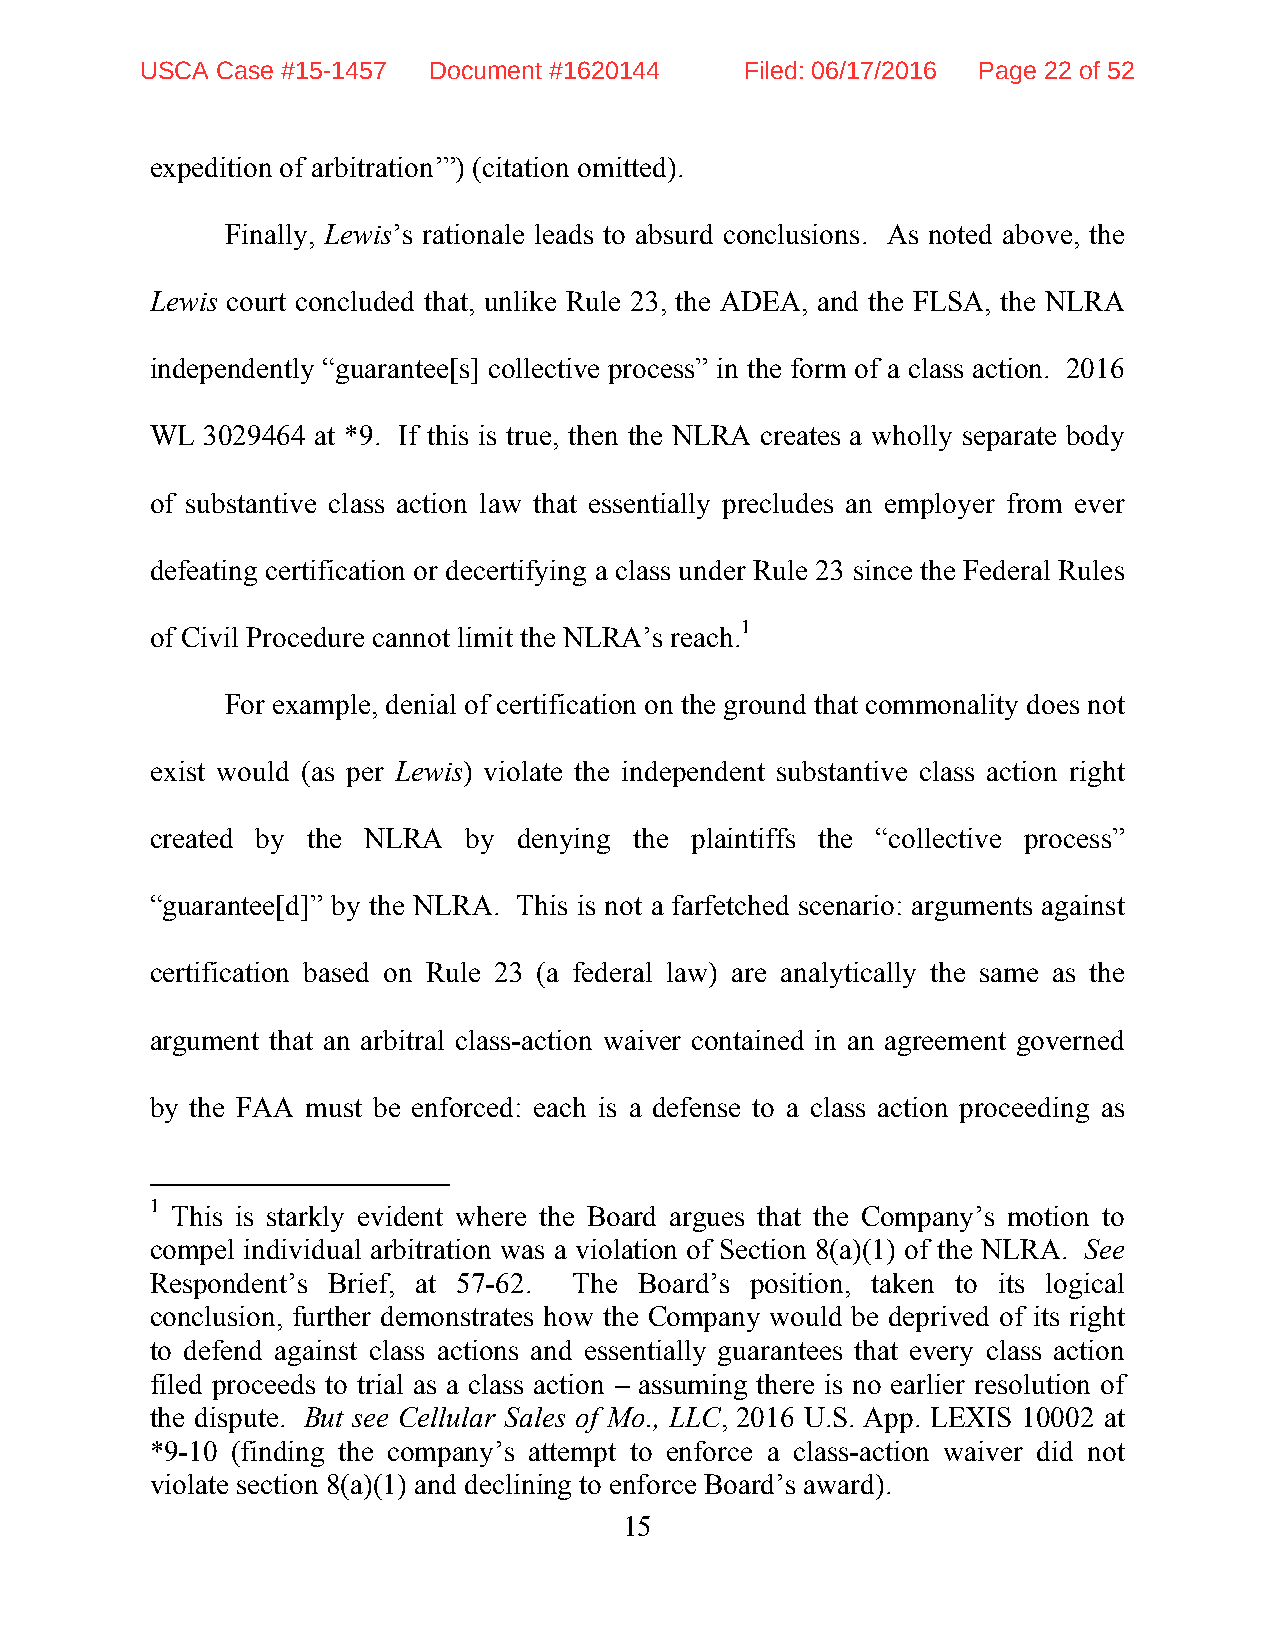
USCA Case #15-1457 Document #1620144    Filed: 06/17/2016 Page 22 of 52
 expedition of arbitration’”) (citation omitted).
 Finally, Lewis’s rationale leads to absurd conclusions. As noted above, the
 Lewis court concluded that, unlike Rule 23, the ADEA, and the FLSA, the NLRA
 independently “guarantee[s] collective process” in the form of a class action. 2016
 WL  3029464 at *9. If this is true, then the NLRA creates a wholly separate body
 of substantive class action law that essentially precludes an employer from ever
 defeating certification or decertifying a class under Rule 23 since the Federal Rules
 of Civil Procedure cannot limit the NLRA’s reach.1
 For example, denial of certification on the ground that commonality does not
 exist would (as per Lewis) violate the independent substantive class action right
 created by the NLRA  by denying the plaintiffs the “collective process”
 “guarantee[d]” by the NLRA. This is not a farfetched scenario: arguments against
 certification based on Rule 23 (a federal law) are analytically the same as the
 argument that an arbitral class-action waiver contained in an agreement governed
 by the FAA must be enforced: each is a defense to a class action proceeding as
 1 This is starkly evident where the Board argues that the Company’s motion to
 compel individual arbitration was a violation of Section 8(a)(1) of the NLRA. See
 Respondent’s Brief, at 57-62. The Board’s position, taken to its logical
 conclusion, further demonstrates how the Company would be deprived of its right
 to defend against class actions and essentially guarantees that every class action
 filed proceeds to trial as a class action – assuming there is no earlier resolution of
 the dispute. But see Cellular Sales of Mo., LLC, 2016 U.S. App. LEXIS 10002 at
 *9-10 (finding the company’s attempt to enforce a class-action waiver did not
 violate section 8(a)(1) and declining to enforce Board’s award).
 15